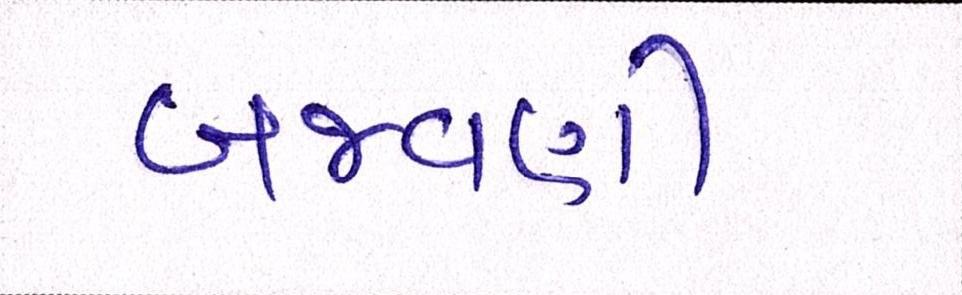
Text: બજવણી